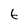
Character: 6